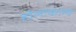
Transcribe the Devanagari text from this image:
होल्टकाम्प